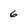
Character: 6